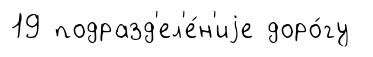
19 подразд'ел'е́н'иjе доро́гу